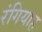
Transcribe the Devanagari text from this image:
रंगियाह